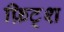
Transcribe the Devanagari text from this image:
फ़िट्श